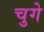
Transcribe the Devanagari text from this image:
चुगे